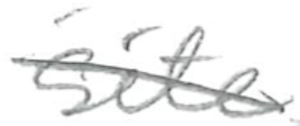
Text: site
Cross-out: diagonal
Writing tool: pencil